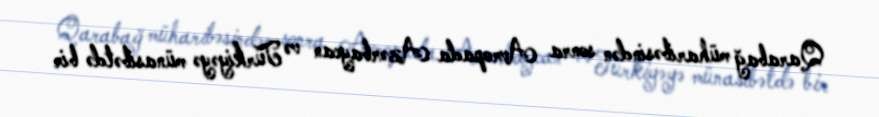
Qarabağ müharibəsindən sonra Avropada Azərbaycan və Türkiyəyə münasibətdə bir